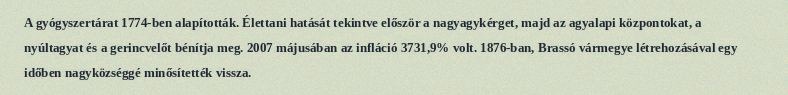
A gyógyszertárat 1774-ben alapították. Élettani hatását tekintve először a nagyagykérget, majd az agyalapi központokat, a nyúltagyat és a gerincvelőt bénítja meg. 2007 májusában az infláció 3731,9% volt. 1876-ban, Brassó vármegye létrehozásával egy időben nagyközséggé minősítették vissza.